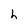
Character: h